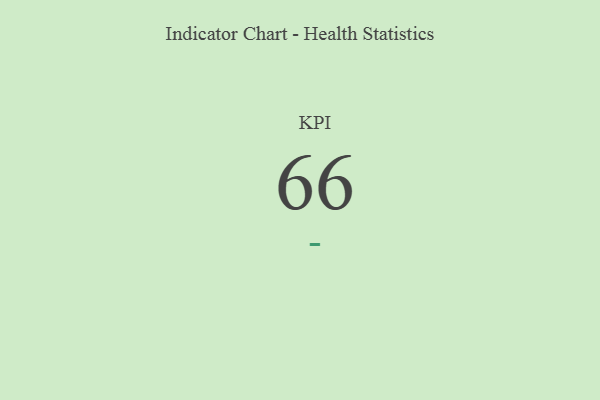
{"axis": {"x": "KPI", "y": "Value"}, "legend": [""], "data": [{"x": "KPI", "y": 66, "type": ""}]}